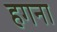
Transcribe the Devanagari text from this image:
हगना